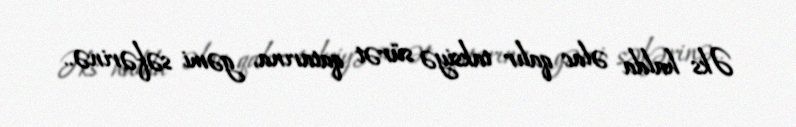
Əks halda əlac qalır taksiyə sürət qatarına, gəmi səfərinə..